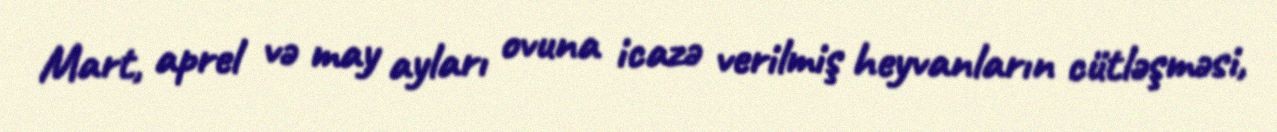
Mart, aprel və may ayları ovuna icazə verilmiş heyvanların cütləşməsi,